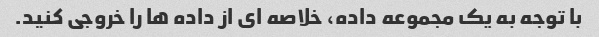
با توجه به یک مجموعه داده، خلاصه ای از داده ها را خروجی کنید.